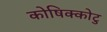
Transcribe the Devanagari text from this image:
कोषिक्कोटु